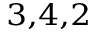
^ { 3 , 4 , 2 }